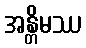
အန္တိမဿ